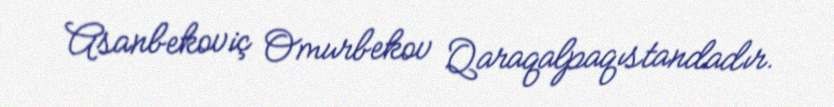
Asanbekoviç Omurbekov Qaraqalpaqıstandadır.